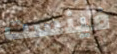
فينست